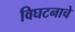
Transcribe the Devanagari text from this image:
विघटनाचे